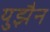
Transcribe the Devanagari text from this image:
युझैन